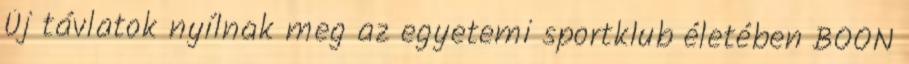
Új távlatok nyílnak meg az egyetemi sportklub életében BOON